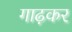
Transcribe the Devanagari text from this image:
गाढ़कर